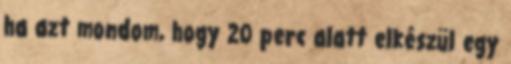
ha azt mondom, hogy 20 perc alatt elkészül egy